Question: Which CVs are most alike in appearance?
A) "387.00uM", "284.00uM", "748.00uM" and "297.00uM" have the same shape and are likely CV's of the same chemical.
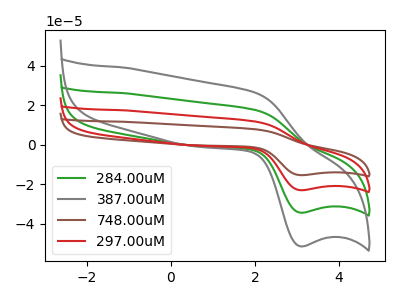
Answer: <think>The green curve "284.00uM" has an anodic peak at (2.05V, 17.55uA) and a cathodic peak at (3.10V, -34.30uA). The gray curve "387.00uM" has an anodic peak at (2.05V, 26.25uA) and a cathodic peak at (3.10V, -51.30uA). The brown curve "748.00uM" has an anodic peak at (2.05V, 52.70uA) and a cathodic peak at (3.10V, -102.90uA). The red curve "297.00uM" has an anodic peak at (2.05V, 35.10uA) and a cathodic peak at (3.10V, -68.60uA).
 All the peaks in "284.00uM" have a peak in "387.00uM" at the same potential. Every peak in "284.00uM" is lower than every peak in "387.00uM". All the peaks in "284.00uM" have a peak in "748.00uM" at the same potential. Every peak in "284.00uM" is lower than every peak in "748.00uM". All the peaks in "284.00uM" have a peak in "297.00uM" at the same potential. Every peak in "284.00uM" is lower than every peak in "297.00uM". All the peaks in "387.00uM" have a peak in "748.00uM" at the same potential. Every peak in "387.00uM" is lower than every peak in "748.00uM". All the peaks in "387.00uM" have a peak in "297.00uM" at the same potential. Every peak in "387.00uM" is lower than every peak in "297.00uM". All the peaks in "748.00uM" have a peak in "297.00uM" at the same potential. Every peak in "748.00uM" is higher than every peak in "297.00uM".</think>
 <answer>A) "387.00uM", "284.00uM", "748.00uM" and "297.00uM" have the same shape and are likely CV's of the same chemical.</answer>
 <eval>A</eval>